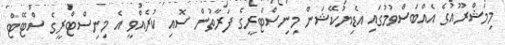
މިމަޝްރޫއުގެ އެއްބަސްވުމުގައި އެޑިޔުކޭޝަން މިނިސްޓްރީގެ ފަރާތުން ސޮއި ކުރެއްވީ އެ މިނިސްޓްރީގެ ސްޓޭޓް